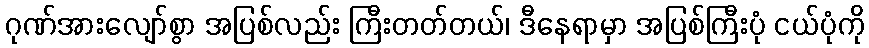
ဂုဏ်အားလျော်စွာ အပြစ်လည်း ကြီးတတ်တယ်၊ ဒီနေရာမှာ အပြစ်ကြီးပုံ ငယ်ပုံကို